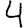
Digit: 4